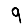
Digit: 9